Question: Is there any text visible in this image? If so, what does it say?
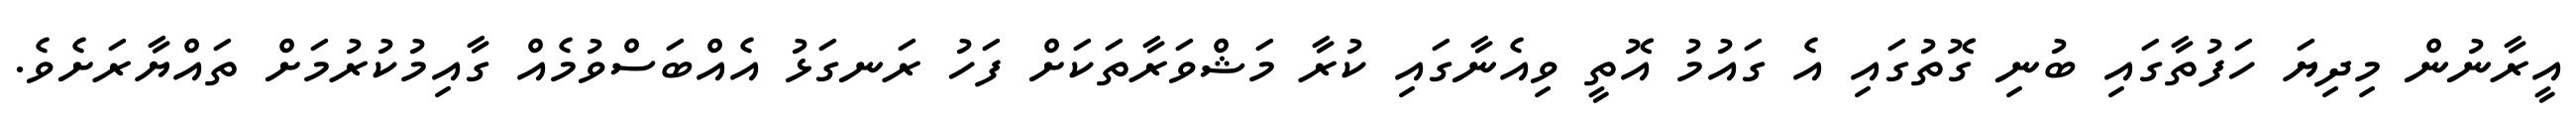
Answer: އީރާނުން މިދިޔަ ހަފުތާގައި ބުނި ގޮތުގައި އެ ގައުމު އޮތީ ވިއެނާގައި ކުރާ މަޝްވަރާތަކަށް ފަހު ރަނގަޅު އެއްބަސްވުމެއް ގާއިމުކުރުމަށް ތައްޔާރަށެވެ.